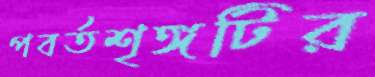
পবর্তশৃঙ্গটির